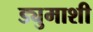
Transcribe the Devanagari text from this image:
ड्युमाशी